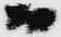
而